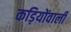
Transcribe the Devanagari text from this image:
कड़ियोंवाली